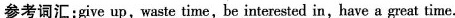
参考词汇：give up，waste time，be interested in，have a great time.